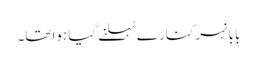
بابا نہر کنارے ٹہلنے گیا ہوا تھا۔